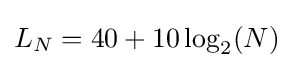
L_{N}=40+10\log _{2}(N)